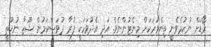
ރޯޑަށް ނުކުމެވެނީ ތިންވަރަކަށް މިނެޓުންނެވެ. އަދި އެދުވަހަކީ ފުރާ ދުވަސްކަމުން ޝޫޒާ ނުކުތީ